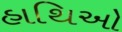
હાથિઓ